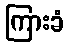
ကြားခံ